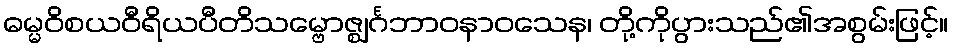
ဓမ္မဝိစယဝီရိယပီတိသမ္ဗောဇ္ဈင်္ဂဘာဝနာဝသေန၊ တို့ကိုပွားသည်၏အစွမ်းဖြင့်။